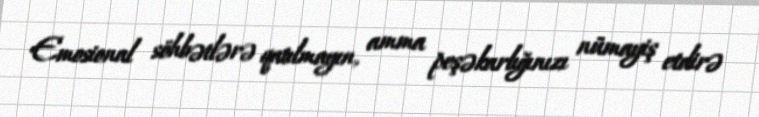
Emosional söhbətlərə qatılmayın, amma peşəkarlığınızı nümayiş etdirə